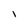
Character: i